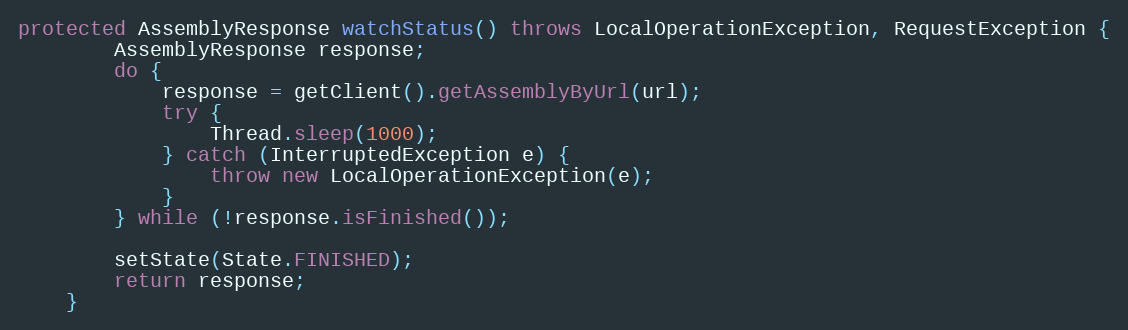
Language: Java
protected AssemblyResponse watchStatus() throws LocalOperationException, RequestException {
        AssemblyResponse response;
        do {
            response = getClient().getAssemblyByUrl(url);
            try {
                Thread.sleep(1000);
            } catch (InterruptedException e) {
                throw new LocalOperationException(e);
            }
        } while (!response.isFinished());

        setState(State.FINISHED);
        return response;
    }